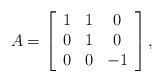
LaTeX: \begin{align*}A = \left[\begin{array}{ccc}1 & 1 & 0 \\0 & 1 & 0 \\0 & 0 & -1\end{array}\right], \end{align*}